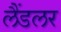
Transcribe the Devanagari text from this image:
लैंडलर